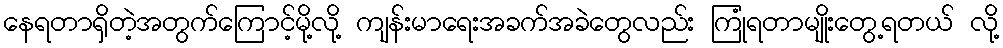
နေရတာရှိတဲ့အတွက်ကြောင့်မို့လို့ ကျန်းမာရေးအခက်အခဲတွေလည်း ကြုံရတာမျိုးတွေ့ရတယ် လို့